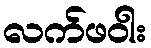
လက်ဖဝါး